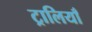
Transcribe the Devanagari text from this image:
ट्रालियाँ